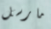
مارسل